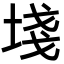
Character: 𡍌